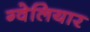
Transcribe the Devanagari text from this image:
ग्वेलियार